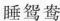
睡鸳鸯D.千山鸟飞绝，万径人踪灭。孤舟蓑笠翁，独钓寒江雪